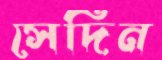
সেদিন